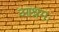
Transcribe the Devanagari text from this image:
आश्रमः